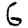
Digit: 6